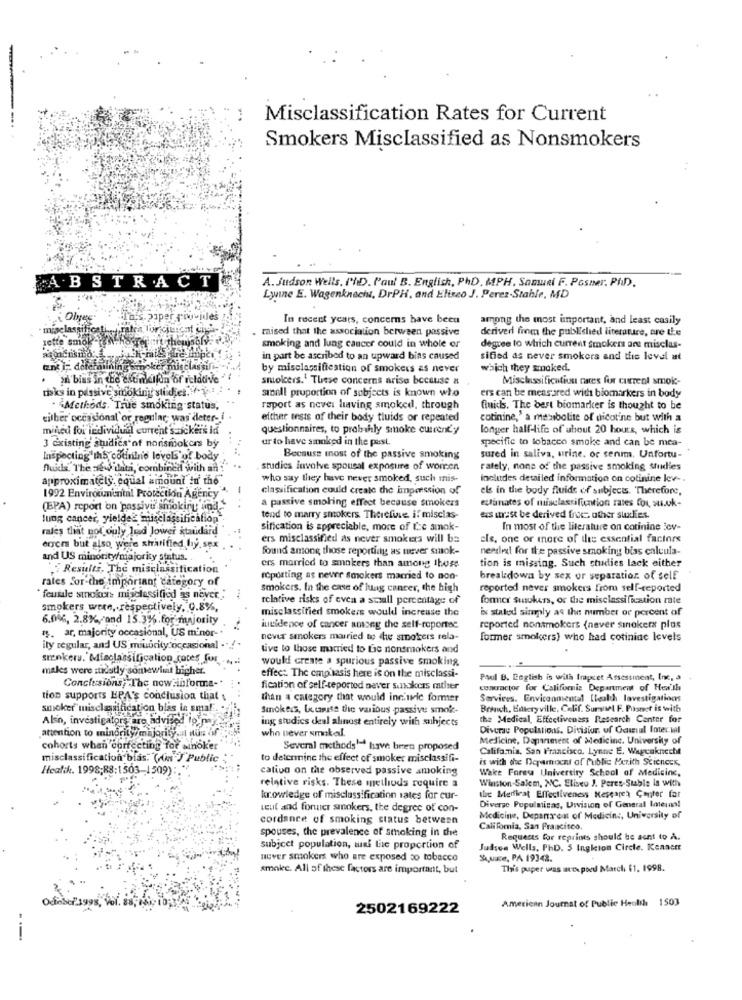
Misclassification Rates for Current
Smokers Misclassified as Nonsmokers
ABSTRACT
A. Judson Wells. PlD. Paul B. English, PhD. MPH. Samuel F. Posner, PAID).
Lwine E. Wagenknecht, DrPH, and Eliseo J. Perez-Stable, MD
This. piper
In recent years, concerns have been
among the most important, and least casily
ratea lurici
maised that the association between passive
derived from the published literature, ore the
sette smoke-P
smoking and lung cancer could in whole or
degree to which current smokers ane misclas-
in part be ascribed to an upward bias caused
sified as never smokers and this level at
tant i: defemailning
by misclassification of smokers as never
which they smoked.
yıl bias in the extinction of relative
smokers.' These concerns arise because a
Misclassification caces for current smoke-
toks in passive smoking studies. ..
sibell proportion of subjects is known who
ers can be mensared with biomarkers in body
. "Methods. True smoking status,
raport as never leaving smoked, through
fluids. The best biomarker is thought to be
either occasional or regular, was deter- i
either tests of their body tluids or repeated
cotinine,' a metabolite of dicotine but with a
mined for individual current's ickers id
questionnaires, to prolhly smoke currenty
longer half-life of about 20 hours, which is
ur to have smoked in the past.
specific to tobacco smoke and can be mea-
3 existing studies of nonsmokers by
Inspecting ihs cocinine levels of body
Because most of the passive smoking
sured in saliva, urine. or tenmm. Unfortu-
fluids. The 2 o data, combined with an
studies Involve spousal exposure of women
rately, none of the passive smoking studies
approximately. cqual amount in the
who say they have never smoked, such mis-
includes detailed information on cotinine lev -.
classification could create the imperssion of
els in the body fluids of subjects. Therefore,
1992 Environmental Protection Agency
(BPA) report on passive smokiru und
a passive smoking effect because smokers
estimates of misclassification rates for su.ok-
lung cancer, yieldel misclassification
tend to marry smokers Therefuse if miscias-
exs utrust be derived from other studies.
rales that not ouly laad Jower standard
sification is appreciable, more of Le amok-
In most of the literature on cotinine Sov-
ers misclassified as never smokers will ba
els, one or more of ilis essential factors
engers but also were sharifled by, sex
found among those reporting as never smok-
needed for the passive smoking biss calcula-
and US minority/majority status ..
Results, The misclassification
ers married to smokers than among those
tion is missing. Such studies lack either
rates for the important category of
reporting as never smokers married to non-
breakdown by sex or separation. of self
smokers. In the case of lung cancer, the high
reported never smokers From self-reported
"female smokes misclassified as never.
relative risks of cvca a small percentage of
former susokers, or the misclassification rate
smokers were, respectively, 0.8%,
misclassified smokers would increase the
ix stated simply as the number or percent of
6.0%, 2.8%, and 15.3%.for majority
1. ar, majority occasional, US m'nor- .
incidence of cancer among the self-reportee
reported nonsmokers (never sinokers plus
never smokers married to we smokers rela-
former smokers) who had cotiniac levels
ily regular, and US minority occasional ."
tive to those married to Lie nonsmokers and
srenkers. Misclassification_cotes for.
would create a spurious passive smoking
males were sidstly somewhat higher.
Conclusions, The new informa-"
effect The cmp.sasis here is on the misclassi-
Paul B. English is with frapcet Assessment, Inc, a
fication of self-reported never sanskers matiser
contractor for California Department of Health
tion supports EPA's conclusion that
than a category that would inc'wie former
Services. Enviconmental Health lavestigations
smoker" misclarification bias in smal ..
Smokers, Le, camisa tie various passive smok-
Bonich, Eateryville, Calif. Survivet F. Pusnet is with
Also, investigatore are advised to
ing studies deal alinost entirely with subjects
the Medical, Effectiveness Research Center for
attention to minority/majority, al nus of
who never smoked.
Diverse Populations. Divisiur, of Gawul Intec.val
Medicine, Department of Medicine. University of
cohorts when correcting for sinoker
Several methodsle have been proposed
California, San Francisco. Lynne E. Wagenknecht
misclassification bias. (in ) Public
to determine the effect of smoker misclassifi-
is with the Deparnocnt of Public Perith Sciences,
Health. 1998;R8:1503-1509):
cation on the observed passive smoking
Wake Fores University School of Medicine,
Winston-Salem, NC. Eliseu J. Peres-Stable la with
relative risks. These methods require a
kr.owledge of misclassification rates for cur-
abc Merflest Effectiveness Research Center far
teut and former smokers, the degree of con-
Diverse Populmicas, Uwvision of General Inein!
cordance of smoking status between
Medicine, Depara ent of Medicine, University of
spouses, the prevalence of smoking in the
California, San Francisco.
Requests for reprints should be sent to A.
subject population, auf Lic proportion of
Judson Wells, PhD. 5 Ingkion Circle. Kennett
never smokers who are exposed so tobacco
Sauce, PA 19348.
smoke. All of these factors are important, but
This puper was actspoed March $1. 1998.
Odinsc-1995
American Journal of Public Health 1503
2502169222
---